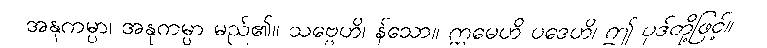
အနုကမ္ပာ၊ အနုကမ္ပာ မည်၏။ သဗ္ဗေဟိ၊ န်သော။ ဣမေဟိ ပဒေဟိ၊ ဤ ပုဒ်တို့ဖြင့်။